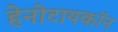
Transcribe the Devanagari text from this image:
हेनोटायकॉन